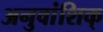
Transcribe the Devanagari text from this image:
अनुवांशिक्